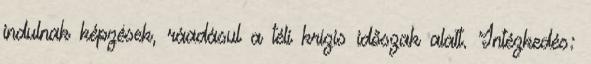
indulnak képzések, ráadásul a téli krízis időszak alatt. Intézkedés: